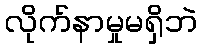
လိုက်နာမှုမရှိဘဲ